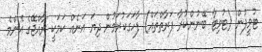
ޓުވީޕުން (ޓުވިޓާ ބޭނުންކުރާ ފަރާތްތައް) ފާހަގަކުރަމުން ދިޔަ އަނެއް ކަމަކީ ރާއްޖޭގެ އެންމެ